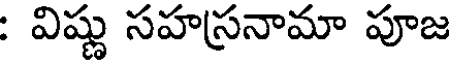
: విష్ణు సహస్రనామా పూజ